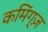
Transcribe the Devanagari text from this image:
कमिंग्ज़